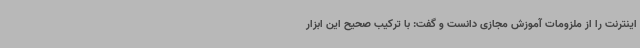
اینترنت را از ملزومات آموزش مجازی دانست و گفت: با ترکیب صحیح این ابزار